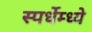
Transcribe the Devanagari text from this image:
स्पर्धेम्ध्ये